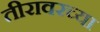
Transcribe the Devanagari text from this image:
तीरावरच्या